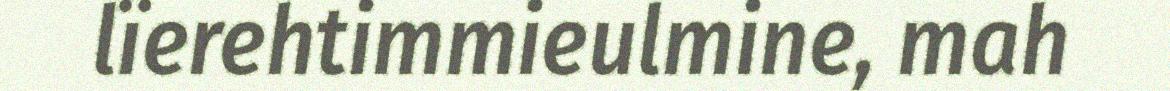
lïerehtimmieulmine, mah